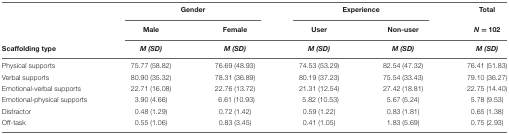
<table><thead><tr><td></td><td colspan="2"><b>Gender</b></td><td colspan="2"><b>Experience</b></td><td><b>Total</b></td></tr><tr><td></td><td><b>Male</b></td><td><b>Female</b></td><td><b>User</b></td><td><b>Non-user</b></td><td><b><i>N</i> = 102</b></td></tr><tr><td><b>Scaffolding type</b></td><td><b><i>M (SD)</i></b></td><td><b><i>M (SD)</i></b></td><td><b><i>M (SD)</i></b></td><td><b><i>M (SD)</i></b></td><td><b><i>M (SD)</i></b></td></tr></thead><tbody><tr><td>Physical supports</td><td>75.77 (58.82)</td><td>76.69 (48.93)</td><td>74.53 (53.29)</td><td>82.54 (47.32)</td><td>76.41 (51.83)</td></tr><tr><td>Verbal supports</td><td>80.90 (35.32)</td><td>78.31 (36.89)</td><td>80.19 (37.23)</td><td>75.54 (33.43)</td><td>79.10 (36.27)</td></tr><tr><td>Emotional-verbal supports</td><td>22.71 (16.08)</td><td>22.76 (13.72)</td><td>21.31 (12.54)</td><td>27.42 (18.81)</td><td>22.75 (14.40)</td></tr><tr><td>Emotional-physical supports</td><td>3.90 (4.66)</td><td>6.61 (10.93)</td><td>5.82 (10.53)</td><td>5.67 (5.24)</td><td>5.78 (9.53)</td></tr><tr><td>Distractor</td><td>0.48 (1.29)</td><td>0.72 (1.42)</td><td>0.59 (1.22)</td><td>0.83 (1.81)</td><td>0.65 (1.38)</td></tr><tr><td>Off-task</td><td>0.55 (1.06)</td><td>0.83 (3.45)</td><td>0.41 (1.05)</td><td>1.83 (5.69)</td><td>0.75 (2.93)</td></tr></tbody></table>